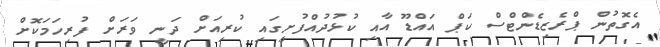
އެގޮތުން ޕްރެޒިޑެންޓްސް ކަޕް އައްޑޫ އާއި ކުޅުދުއްފުށީގައި ކުރިއަށް ދަނީ ވަރަށް ފުރިހަމަކޮށް